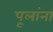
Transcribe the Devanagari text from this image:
पूलांना